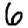
Digit: 6